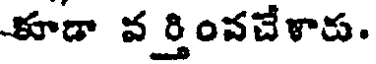
కూడా వర్తింవచేళారు.